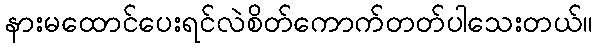
နားမထောင်ပေးရင်လဲစိတ်ကောက်တတ်ပါသေးတယ်။